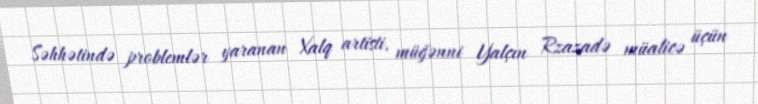
Səhhətində problemlər yaranan Xalq artisti, müğənni Yalçın Rzazadə müalicə üçün